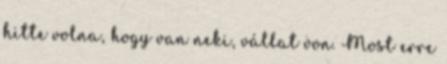
hitte volna, hogy van neki, vállat von. Most erre